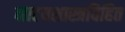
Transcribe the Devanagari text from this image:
नाटयशास्त्रविहित